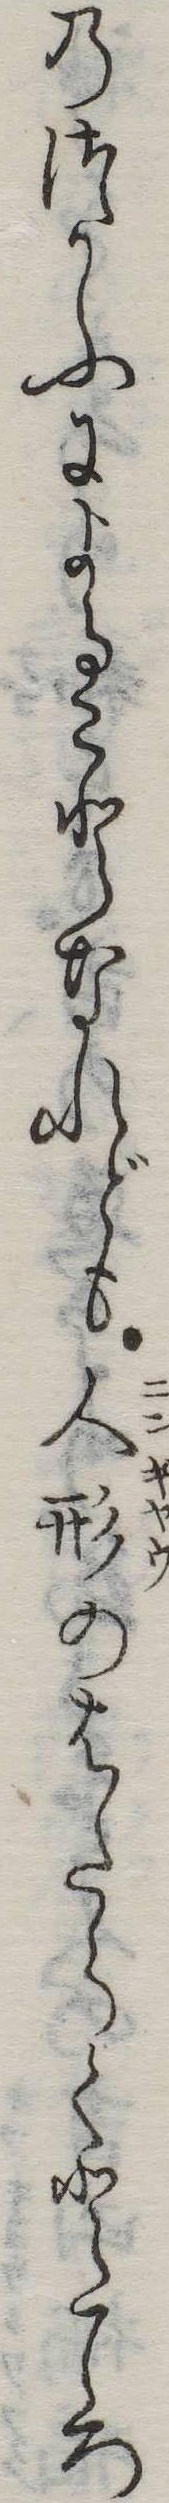
のつかふによることなれども人形のはたらくところ